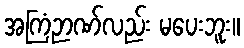
အကြံဉာဏ်လည်း မပေးဘူး။